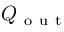
Q _ { \mathrm { ~ o ~ u ~ t ~ } }